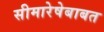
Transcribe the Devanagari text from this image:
सीमारेषेबाबत